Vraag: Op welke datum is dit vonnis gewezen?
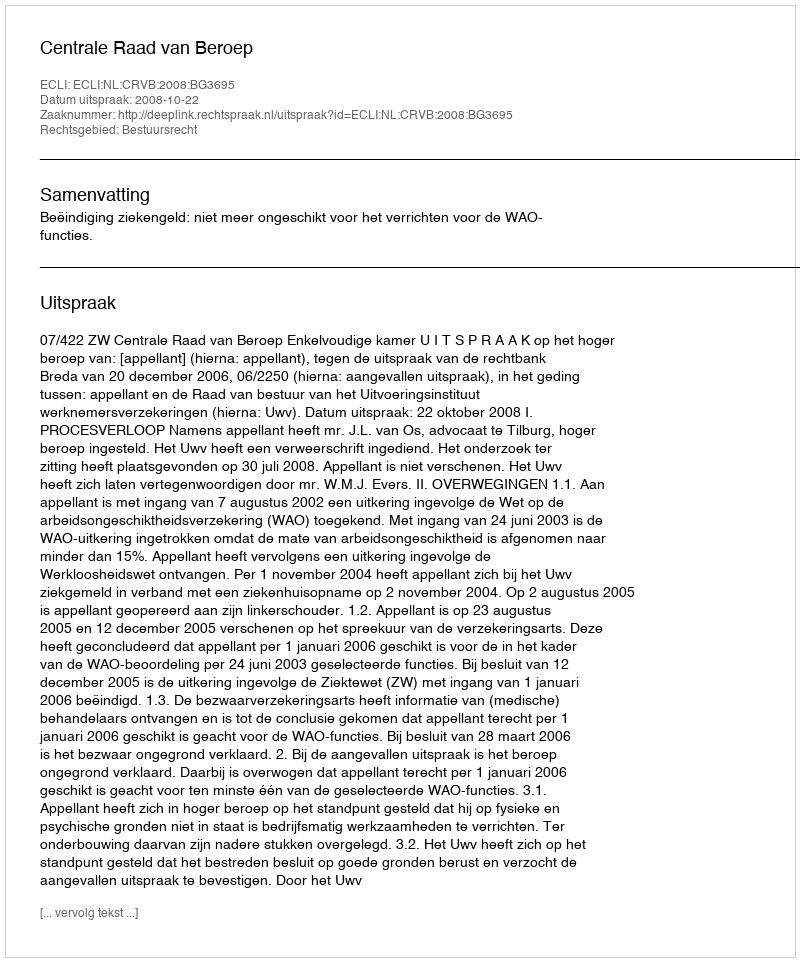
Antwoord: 2008-10-22